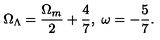
\Omega _ { \Lambda } = \frac { \Omega _ { m } } { 2 } + \frac { 4 } { 7 } , \ \omega = - \frac { 5 } { 7 } .